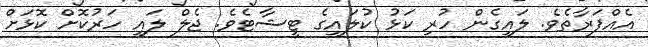
އެއްފަރާތެވެ. ލައިގެން ހުރި ކަޅު ކުލައިގެ ޓީޝާޓެވެ. ޖެލް ލައި ހަރުކޮށް ކޮޅަށް